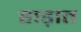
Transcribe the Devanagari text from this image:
हाड़ात